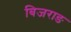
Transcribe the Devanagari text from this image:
बिजराङ